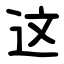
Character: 这